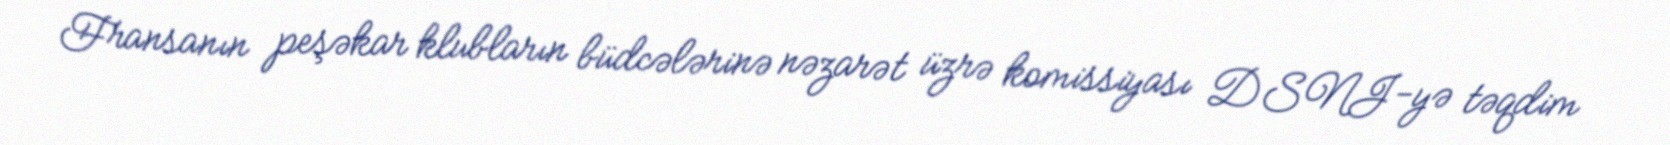
Fransanın peşəkar klubların büdcələrinə nəzarət üzrə komissiyası DSNJ-yə təqdim